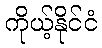
ကိုယ့်နိုင်ငံ